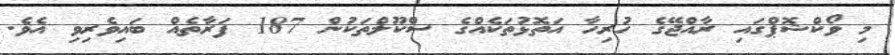
މި ވޯކްޝޮޕްގައި ރާއްޖޭގެ ހުރިހާ އަތޮޅުތަކެއްގެ ސްކޫލްތަކުން 187 ފަރާތެއް ބައިވެރިވި އެވެ.